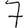
Digit: 7